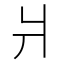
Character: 爿